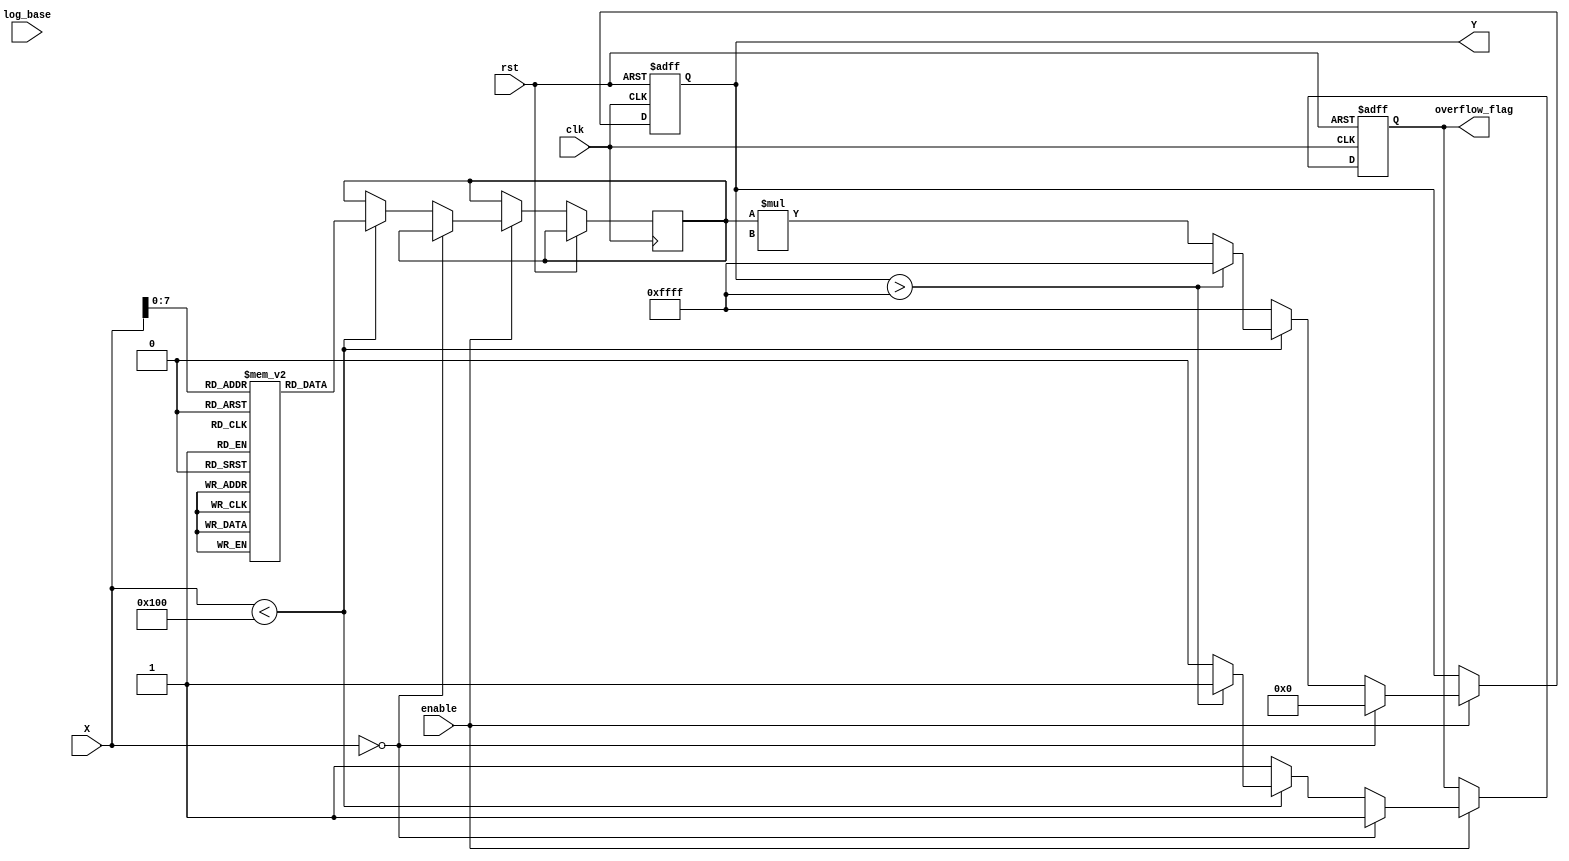
module LogarithmicScalingCircuit (
    input wire clk,                // Clock signal
    input wire rst,                // Reset signal
    input wire [15:0] X,           // Input Data (16-bit)
    input wire enable,             // Enable signal
    input wire [1:0] log_base,     // Logarithmic base selection (00: base 2, 01: base e, 10: base 10)
    output reg [15:0] Y,           // Logarithmic Output (16-bit)
    output reg overflow_flag        // Overflow Flag
);

    // Internal signals
    reg [15:0] log_value;          // Logarithmic value
    reg [15:0] scaling_factor;      // Scaling factor (for example, 1 for no scaling)
    
    // Lookup table for logarithm values (for simplicity, only a few values are shown)
    reg [15:0] log_lut [0:255];    // LUT for input values 0-255

    // Initialize the logarithm lookup table
    initial begin
        // Populate the LUT with logarithmic values (base 2 for example)
        // log_lut[i] = log2(i); (for i = 1 to 255)
        // This is a placeholder; actual values should be calculated and filled in.
        log_lut[0] = 16'h0000; // log(0) is undefined
        log_lut[1] = 16'h0000; // log(1) = 0
        log_lut[2] = 16'h0001; // log(2) = 1
        log_lut[3] = 16'h0002; // log(3) = 1.585
        // Continue filling in values...
    end

    // Logarithmic calculation process
    always @(posedge clk or posedge rst) begin
        if (rst) begin
            Y <= 16'h0000;
            overflow_flag <= 1'b0;
        end else if (enable) begin
            if (X == 16'h0000) begin
                // Logarithm of zero is undefined
                Y <= 16'h0000;
                overflow_flag <= 1'b1; // Set overflow flag for undefined
            end else if (X < 256) begin
                // Use LUT for logarithmic calculation
                log_value <= log_lut[X];
                // Apply scaling factor (if needed)
                Y <= log_value * scaling_factor;
                // Check for overflow
                if (Y > 16'hFFFF) begin
                    overflow_flag <= 1'b1; // Set overflow flag
                    Y <= 16'hFFFF; // Cap output to max value
                end else begin
                    overflow_flag <= 1'b0; // Clear overflow flag
                end
            end else begin
                // Handle values outside LUT range
                Y <= 16'hFFFF; // Cap output to max value
                overflow_flag <= 1'b1; // Set overflow flag
            end
        end
    end

endmodule